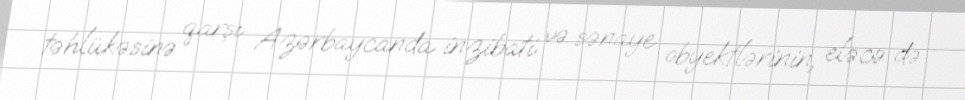
təhlükəsinə qarşı Azərbaycanda inzibati və sənaye obyektlərinin, eləcə də